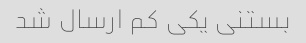
بستنی یکی کم ارسال شد